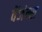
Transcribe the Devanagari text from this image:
वेंजंन्स